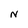
Character: N